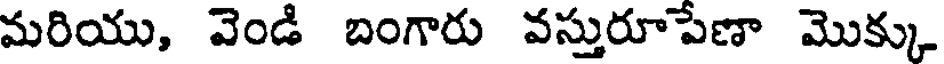
మరియు, వెండి బంగారు వస్తురూపేణా మొక్కు